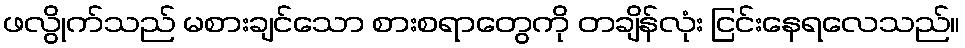
ဖလွိုက်သည် မစားချင်သော စားစရာတွေကို တချိန်လုံး ငြင်းနေရလေသည်။